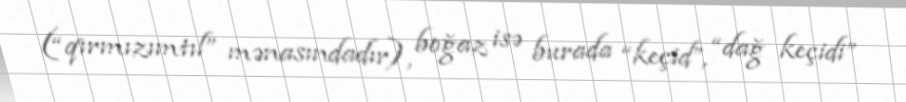
(“qırmızımtıl” mənasındadır), boğaz isə burada “keçid”, “dağ keçidi”